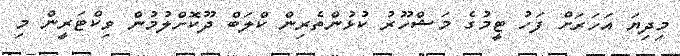
މިދިޔަ އަހަރަށް ފަހު ޓީމުގެ މަޝްހޫރު ކުޅުންތެރިން ކްލަބް ދޫކޮށްލުމުން ވިކްޓަރީން މި